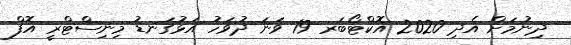
ދިނުމަށް އެދި 2020 އޮކްޓޯބަރ 19 ވަނަ ދުވަހު އަޅުގަނޑު މިނިސްޓްރީ އޮފް